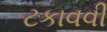
ટકાવવી